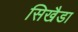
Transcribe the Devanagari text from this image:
सिखैडा